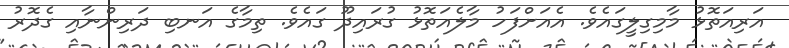
އަރިއަތޮޅު މާމިގިލީގައެވެ. އެއަށްފަހު މާލެއަތޮޅު ގުރައިދޫ ގައެވެ. ތިމާގެ އަނބި ދަރިންނާއި ގެދޮރު